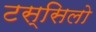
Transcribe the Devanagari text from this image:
टस्सिलो